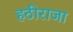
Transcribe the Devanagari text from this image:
हठीराजा